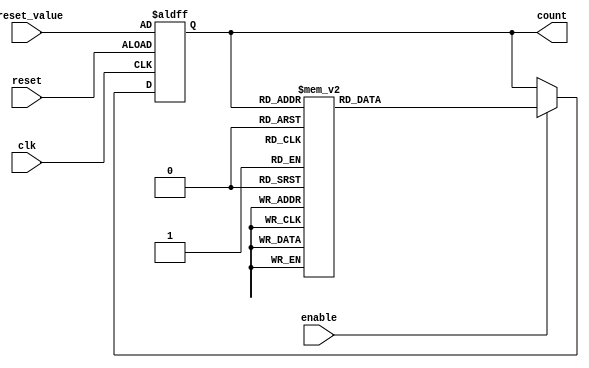
module gray_counter (
    input wire clk,      // Clock input
    input wire reset,    // Reset signal input
    input wire enable,   // Enable signal input
    input wire [3:0] preset_value,  // Preset value for initialization
    
    output reg [3:0] count  // Output count value
);

reg [3:0] next_count;

always @(posedge clk or posedge reset) begin
    if (reset) begin
        count <= preset_value;    // Initialize count with preset value
    end else begin
        if (enable) begin
            count <= next_count;   // Update count with next_count value
        end
    end
end

always @(*) begin
    case(count)
        4'b0000: next_count = 4'b0001;
        4'b0001: next_count = 4'b0011;
        4'b0011: next_count = 4'b0010;
        4'b0010: next_count = 4'b0110;
        4'b0110: next_count = 4'b0111;
        4'b0111: next_count = 4'b0101;
        4'b0101: next_count = 4'b0100;
        4'b0100: next_count = 4'b1100;
        4'b1100: next_count = 4'b1101;
        4'b1101: next_count = 4'b1111;
        4'b1111: next_count = 4'b1110;
        4'b1110: next_count = 4'b1010;
        4'b1010: next_count = 4'b1011;
        4'b1011: next_count = 4'b1001;
        4'b1001: next_count = 4'b1000;
        4'b1000: next_count = 4'b0000;
        default: next_count = 4'b0000;
    endcase
end

endmodule